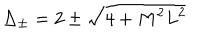
\Delta _ { \pm } = 2 \pm \sqrt { 4 + M ^ { 2 } L ^ { 2 } }